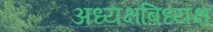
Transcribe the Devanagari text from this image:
अध्यक्षबिध्यक्ष